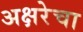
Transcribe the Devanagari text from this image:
अक्षरेचा